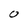
Character: 0